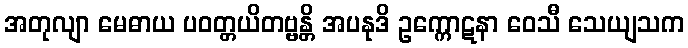
အတုလျာ မေဓာယ ပဝတ္တယိတဗ္ဗန္တိ အပနုဒိ ဥက္ကောဋနာ ဝေသီ သေယျသက